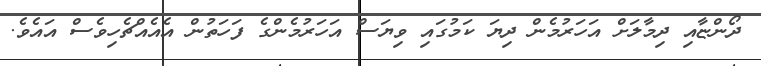
ދޯންޏާއި ދިމާލަށް އަހަރުމެން ދިޔަ ކަމުގައި ވިޔަސް އަހަރުމެންގެ ފަހަތުން އެއެއްޗެހިވެސް އައެވެ.